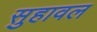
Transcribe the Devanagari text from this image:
सुहावल